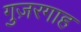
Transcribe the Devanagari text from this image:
गुज़रगाह